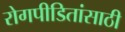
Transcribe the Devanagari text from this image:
रोगपीडितांसाठी